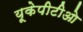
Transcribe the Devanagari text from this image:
यूकेपीटीओ